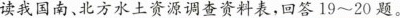
读我国南、北方水土资源调查资料表，回答19~20题。